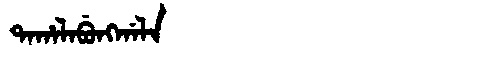
Manchu: ᡨᠠᡥᠠᠯᠠᠪᡠᠩᡤᠠᠯᠠ
Romanization: TAHALABUNGGALA